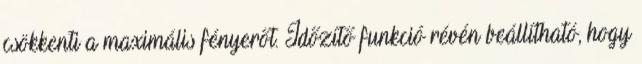
csökkenti a maximális fényerőt. Időzítő funkció révén beállítható, hogy